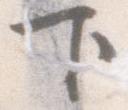
下